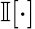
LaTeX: \mathbb{I}[\cdot]